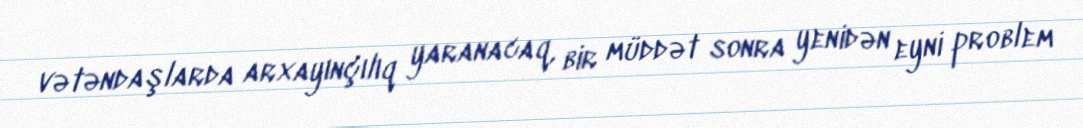
vətəndaşlarda arxayınçılıq yaranacaq, bir müddət sonra yenidən eyni problem